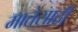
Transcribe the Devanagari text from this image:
मातेसाठी